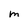
Character: M